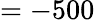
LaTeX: =-500